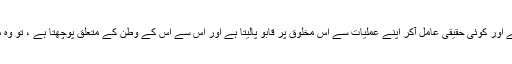
ہمارے ہاں جب کوئی خلائی مخلوق کسی انسان میں حلول کرجاتی ہے اور کوئی حقیقی عامل آکر اپنے عملیات سے اس مخلوق پر قابو پالیتا ہے اور اس سے اس کے وطن کے متعلق پوچھتا ہے ، تو وہ مخلوق اپنا وطن دور دراز کے مخلتف دوسرے سیاروں کو بتاتی ہے۔